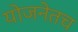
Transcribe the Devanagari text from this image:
योजनेतच